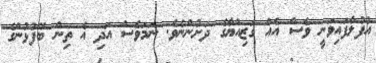
އުފުލާފައިވަނީ ވެސް އެއް ގަޒިއްޔާގެ ދަށުންނެވެ. ނަމަވެސް އަދި އެ ތިން ބޭފުޅުންގެ